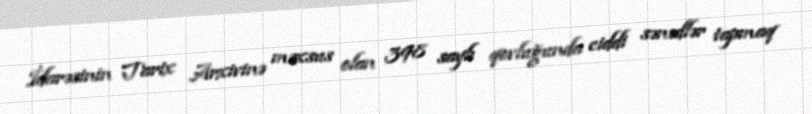
İdarəsinin Tarix Arxivinə məxsus olan 398 saylı qovluğunda ciddi sənədlər tapmaq